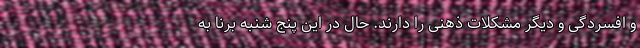
و افسردگی و دیگر مشکلات ذهنی را دارند. حال در این پنج شنبه برنا به